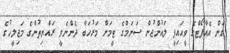
ގަން އެއާޕޯޓްގެ ވީއައިޕީ ލައުންޖުން ސަނަމްގެ ޓީމަށް މަރުހަބާ ދެންނެވީ ރައްޔިތުންގެ މަޖިލީހުގެ